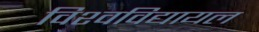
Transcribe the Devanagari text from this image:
विश्‍वविद्यायल